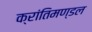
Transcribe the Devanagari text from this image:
क्रांतिमण्डल